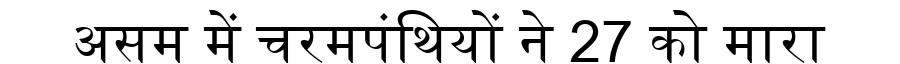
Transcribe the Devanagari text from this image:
असम में चरमपंथियों ने 27 को मारा